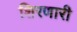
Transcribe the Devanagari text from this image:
शिरणारी